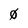
Character: 0